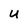
Character: U